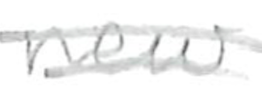
Text: new
Cross-out: double-line
Writing tool: pencil